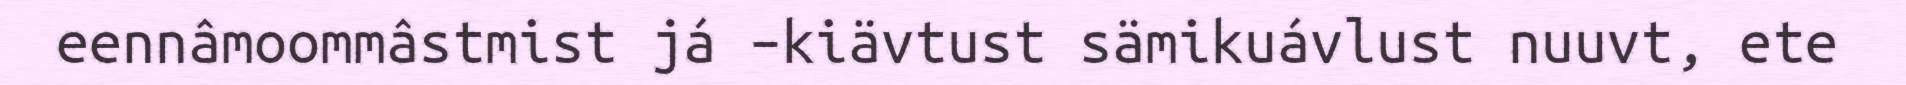
eennâmoommâstmist já –kiävtust sämikuávlust nuuvt, ete